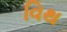
વિથ